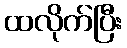
ထလိုက်ပြီး